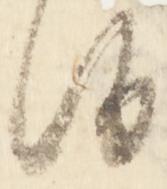
候